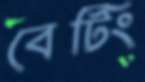
বেটিং